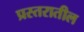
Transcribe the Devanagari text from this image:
प्रस्तरातील